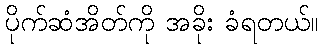
ပိုက်ဆံအိတ်ကို အခိုး ခံရတယ်။